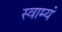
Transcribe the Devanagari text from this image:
स्वाम्यं